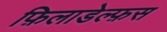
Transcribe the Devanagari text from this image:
फ़िलाडेल्फ़स